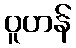
ဝူဟန်